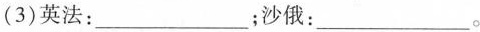
(3)英法：___ ；沙俄：___。